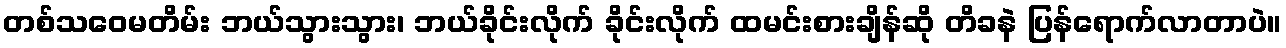
တစ်သဝေမတိမ်း ဘယ်သွားသွား၊ ဘယ်ခိုင်းလိုက် ခိုင်းလိုက် ထမင်းစားချိန်ဆို တိခနဲ ပြန်ရောက်လာတာပဲ။